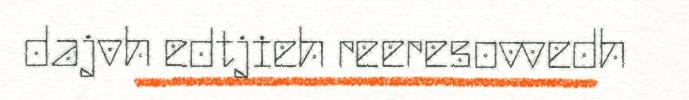
dajvh edtjieh reeresovvedh